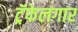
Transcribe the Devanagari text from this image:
ट्रॅफेलगार